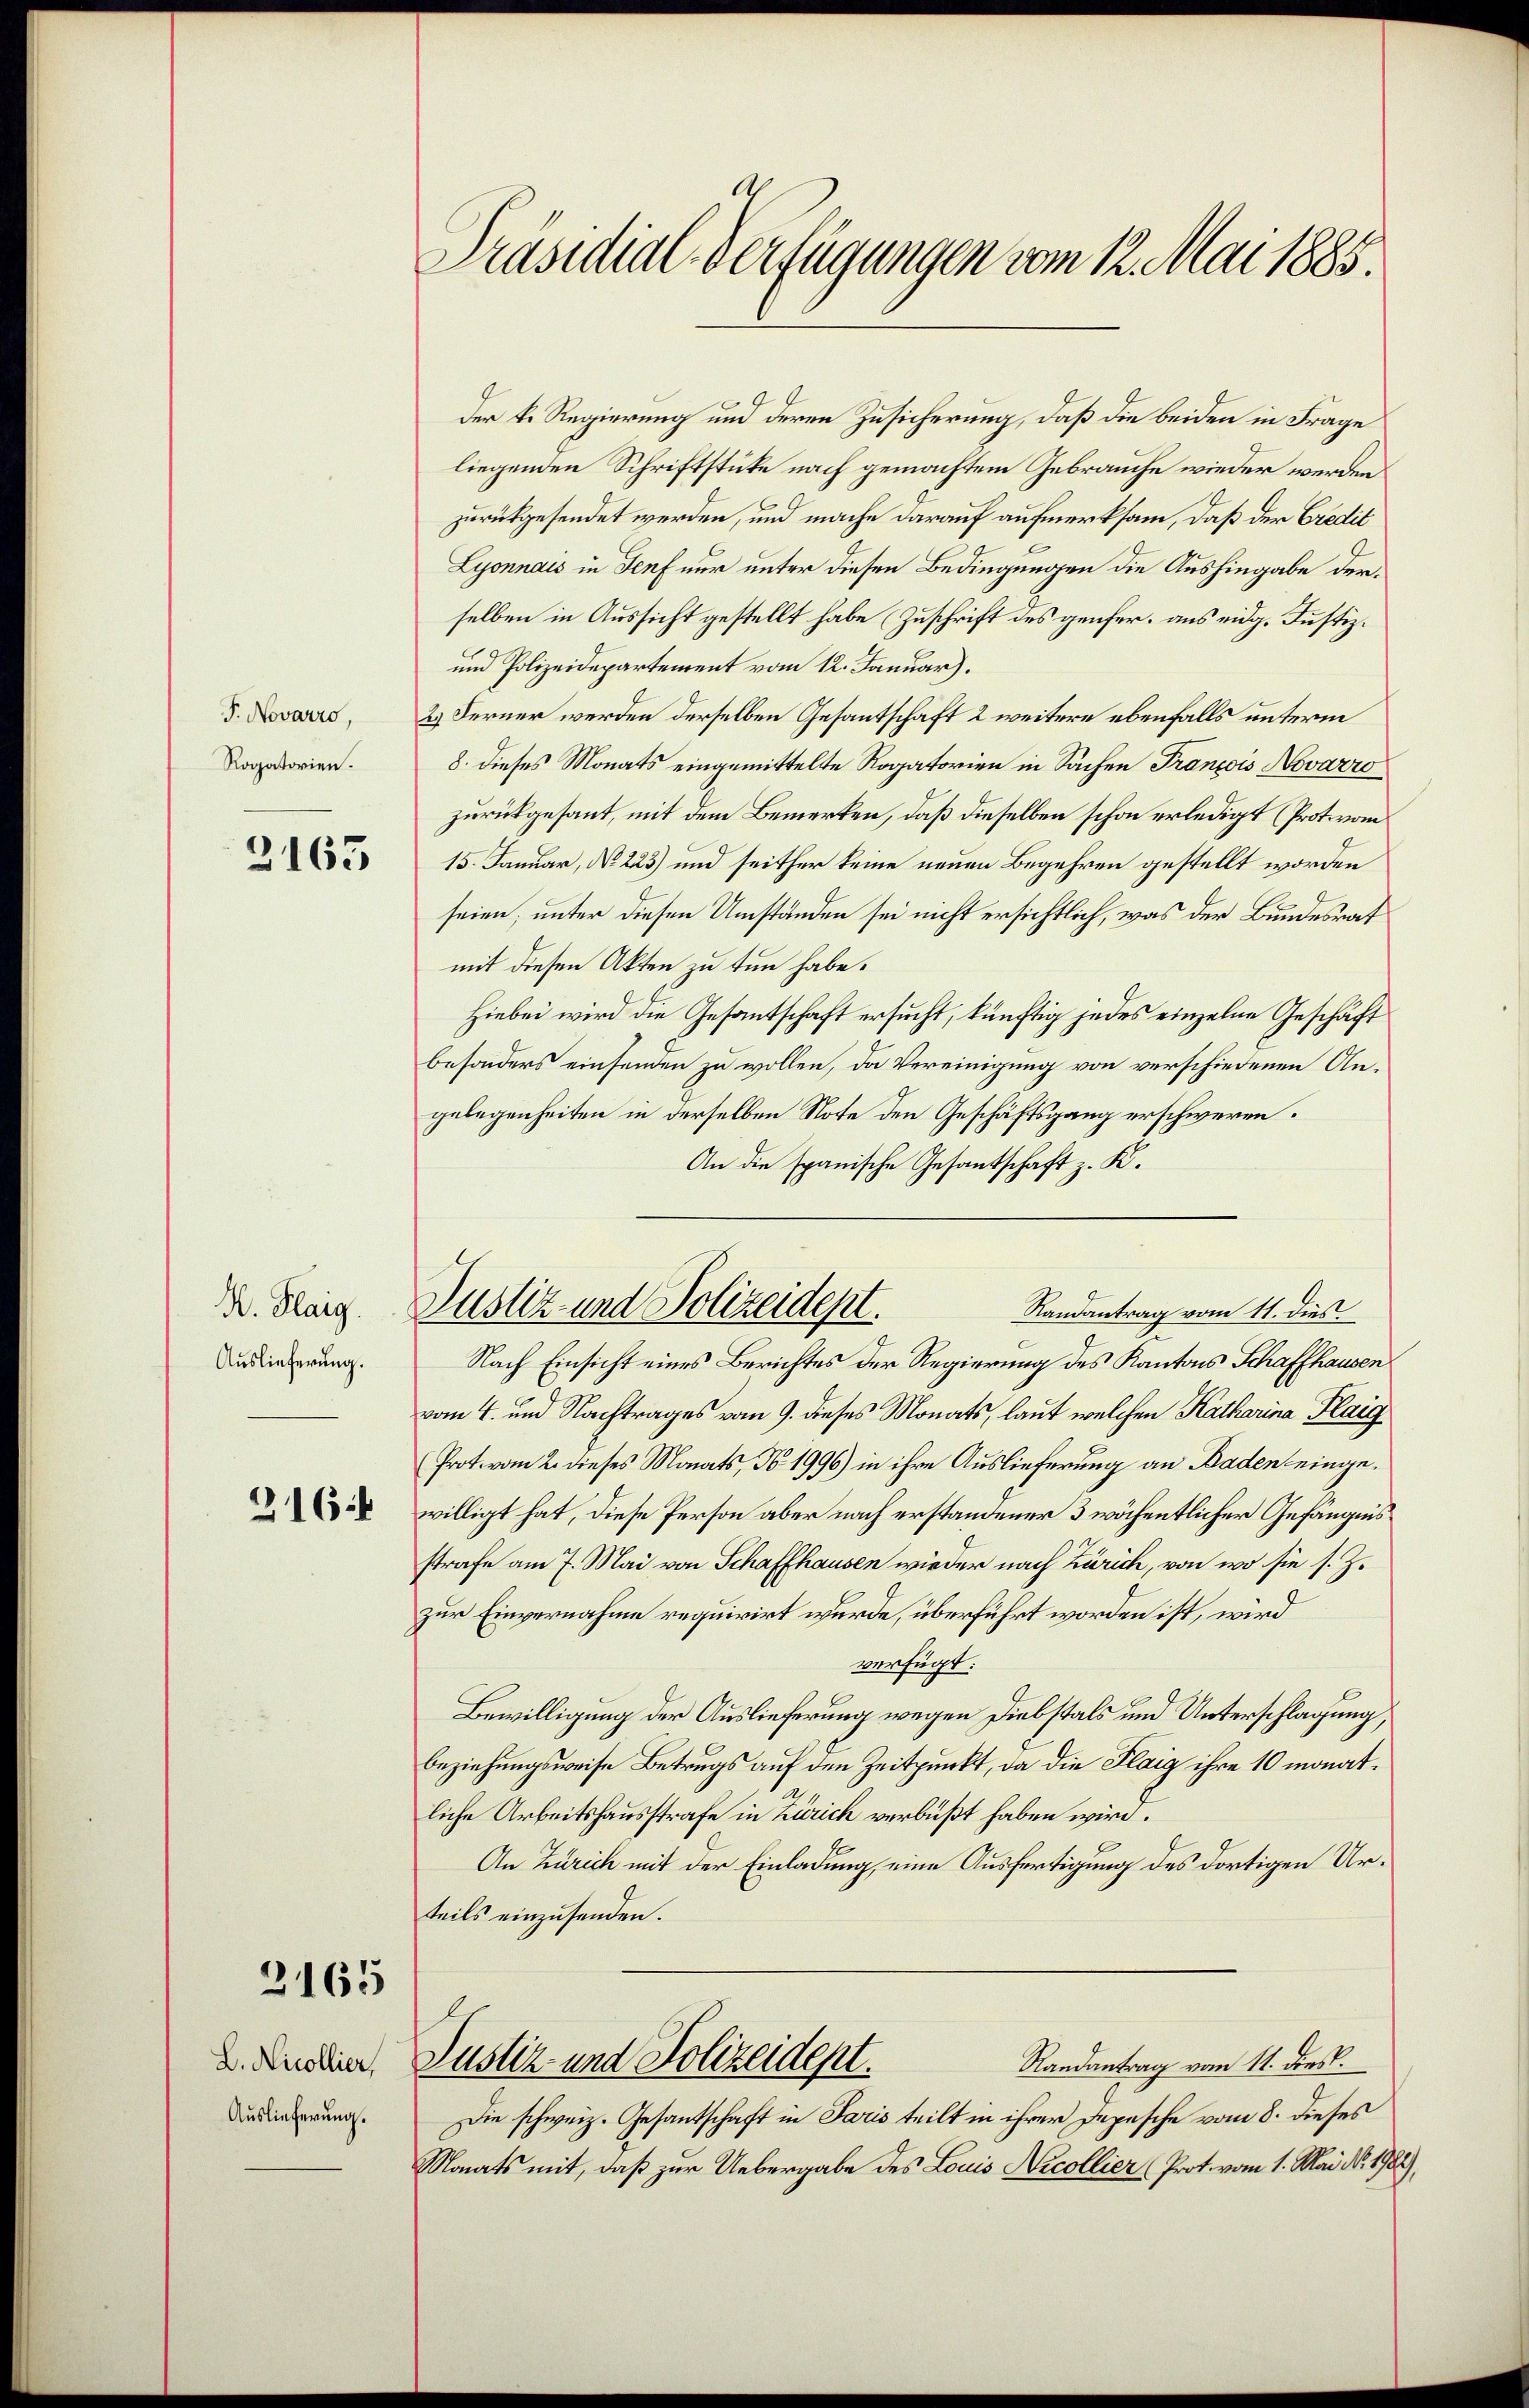
T. Novarro,
Rogatorien.

3163

K. Flaig.
Auslieferung.

2164

2165

L. Nicollier,
Auslieferung.

s
Präsidial-Verfügungen vom 12. Mai 1885.

Der k. Regierung und deren Zusicherung, daß die beiden in Frage
liegenden Schriftstücke nach gemachtem Gebrauche wieder werden
zurückgesendet werden, und mache darauf aufmerksam, daß der Credit
Lyonnais in Genf nur unter diesen Bedingungen die Aushingabe derselben in Aussicht gestellt habe Zuschrift des genfer, aus eidg. Justiz¬
und Polizeidepartement vom 12. Januar).
2.) Ferner werden derselben Gesantschaft 2 weitere ebenfalls unterm
8. dieses Monats eingemittelte Rogatorien in Sachen François Novarro
zurückgesant, mit dem Bemerken, daß dieselben schon erledigt (Prot. vom
15. Januar, No. 223) und seither keine neuen Begehren gestellt worden
seien; unter diesen Umständen sei nicht ersichtlich, was der Bundesrat
mit diesen Akten zu tun habe.
Hiebei wird die Gesantschaft ersucht, künftig jedes einzelne Geschäft
besonders einsenden zu wollen, da Vereinigung von verschiedenen Angelegenheiten in derselben Note den Geschäftsgang erschweren.
An die spanische Gesantschaft z. K.
Randantrag vom 11. dies
Nach Einsicht eines Berichtes der Regierung des Kantons Schaffhausen
vom 4. und Nachtrages vom 9. dieses Monats, laut welchen Katharina Flaig
Prot. vom 2. dieses Monats, No 1996) in ihre Auslieferung an Baden eingewilligt hat, diese Person aber nach erstandener 3 wöchentlicher Gefängnis
strafe am 7. Mai von Schaffhausen wieder nach Zürich, von wo sie s. Z.
zur Einvernahme requirirt wurde, überführt worden ist, wird
verfügt:
Bewilligung der Auslieferung wegen Diebstals und Unterschlagung,
beziehungsweise Betrugs auf den Zeitpunkt, da die Flaig ihre 10 monatliche Arbeitshausstrafe in Zürich verbüßt haben wird.
An Zürich mit der Einladung, eine Ausfertigung des dortigen Urteils einzusenden.
Justiz- und Polizeidept.
Randantrag vom 11. dies.
Die schweiz. Gesantschaft in Paris teilt in ihrer Depesche vom 8. dieses
Monats mit, daß zur Uebergabe des Louis Nicollier (Prot. vom 1. Mai No. 1988),

Justiz und Polizeidept.